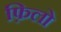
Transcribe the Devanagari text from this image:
फ़िलो